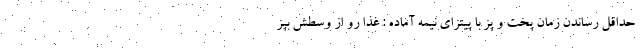
حداقل رساندن زمان پخت و پز با پیتزای نیمه آماده : غذا رو از وسطش بپز